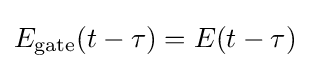
E_{\text{gate}}(t-\tau )=E(t-\tau )